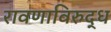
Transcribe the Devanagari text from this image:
रावणाविरुद्ध